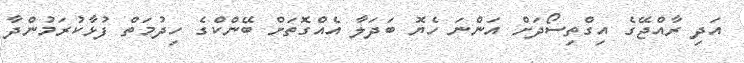
އަދި ރާއްޖޭގެ އިގްތިސޯދަށް އަންނަ ހެޔޮ ބަދަލާ އެއްގޮތަށް ބޭންކްގެ ހިދުމަތް ފުޅާކުރަމުންދާ